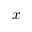
x